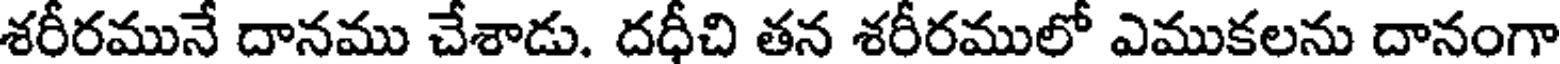
శరీరమునే దానము చేశాడు. దధీచి తన శరీరములో ఎముకలను దానంగా